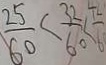
\frac { 2 5 } { 6 0 } < \frac { 3 2 } { 6 0 } < \frac { 7 } { 6 }